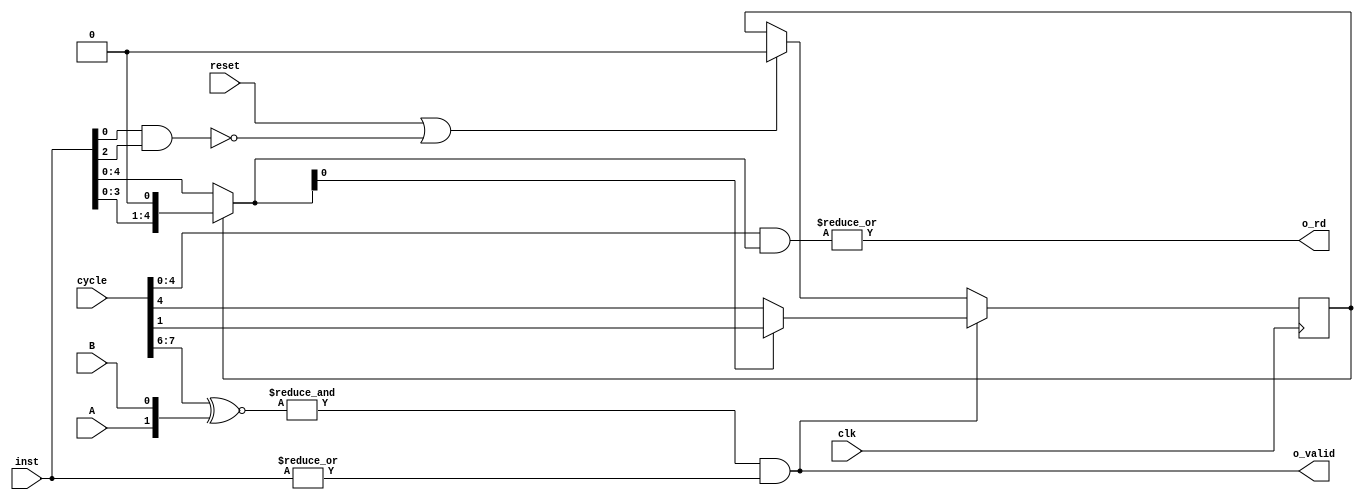
`default_nettype none

module serv_alu
  (
    input wire clk, reset, 
    input wire A, // upstream must not change inputs till o_valid is asserteds
    input wire B,
    //State

    input wire [7:0] cycle, 
    input wire [5:0] inst,

    //Control
    //Data
    output wire o_valid, // output is valid, input sequencer may proceed to next bits
    output wire o_rd
  );

  // CONTRACT: I will not listen for an acknowledge. Downstream modules must always be ready to consume. 
    // nop -> inst = 000000
    // add -> inst = 100101
    // sub -> inst = x01010
    // xor -> inst = x00100
    // and -> inst = x00010
    // or  -> inst = x00001
    // LT  -> inst = x10000 *should be capable of early stopping*
    // EQ  -> inst = x01000

  // carry is an implementation detail
  reg carry_R;
  wire i_last;
  
  reg [3:0] cache;
  reg [3:0] valid; 

  /* 
    cache structure
    cache[x] = {valid, result [x]}
  */

  assign i_last = inst[5]; 

  wire [4:0] filter; 
  assign filter = carry_R? (inst << 1'b1): inst; 

  assign o_rd = |(cycle[4:0] & filter[4:0]); 

  assign o_valid = &({cycle[7:6]} ~^ {A,B}) & |(inst);

  always @(posedge clk)
    begin
        if (reset | !(inst[0] & inst[2])) carry_R <= 1'b0; 
        if (o_valid)
            carry_R <= filter[0]? cycle[1]: cycle[4]; 
        
        // carry should be 0 whenever we are not adding 
        // if (!(inst[0] & inst[2]))
        //     carry_R <= 0;

    end







endmodule